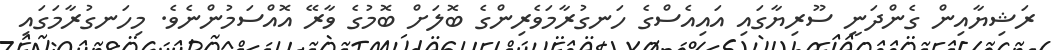
ރަޝިޔާއިން ގެންދަނީ ސޫރިޔާގައި އައިއެސްގެ ހަނގުރާމަވެރިންގެ ބޮލަށް ބޮމުގެ ވާރޭ އޮއްސަމުންނެވެ. މިހަނގުރާމަގައި